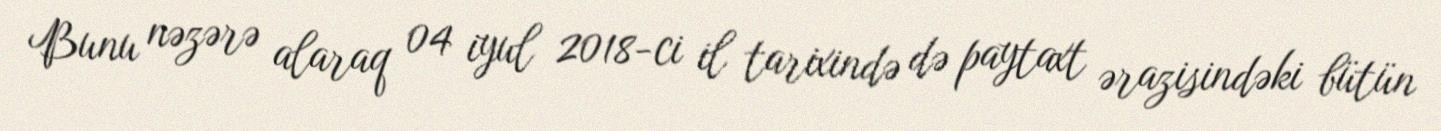
Bunu nəzərə alaraq 04 iyul 2018-ci il tarixində də paytaxt ərazisindəki bütün